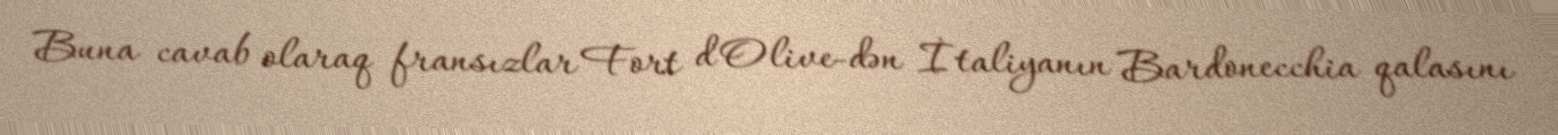
Buna cavab olaraq fransızlar Fort d'Olive-dən İtaliyanın Bardonecchia qalasını